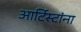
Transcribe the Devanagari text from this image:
आर्टिस्टांना